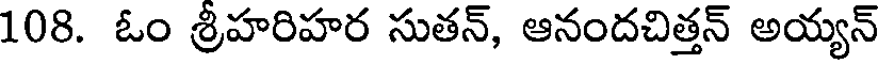
108. ఓం శ్రీహరిహర సుతన్, ఆనందచిత్తన్ అయ్యన్